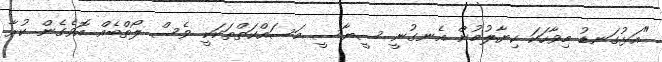
"އަޅުގަނޑު މިވާހަކަ ކިޔާލުމުން އެނގުނީ ސީޔާސީ މަސައްކަތްތަކަކީ ވެސް ލޯތްބެއް އޮވެގެން ކުރާ